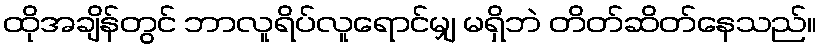
ထိုအချိန်တွင် ဘာလူရိပ်လူရောင်မျှ မရှိဘဲ တိတ်ဆိတ်နေသည်။